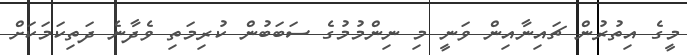
މީގެ އިތުރުން ޗައިނާއިން ވަނީ މި ނިންމުމުގެ ސަބަބުން ކުރިމަތި ވެދާނެ ދަތިކަމަކަށް